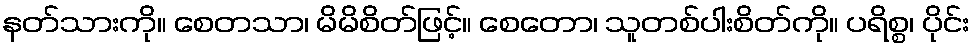
နတ်သားကို။ စေတသာ၊ မိမိစိတ်ဖြင့်။ စေတော၊ သူတစ်ပါးစိတ်ကို။ ပရိစ္စ၊ ပိုင်း